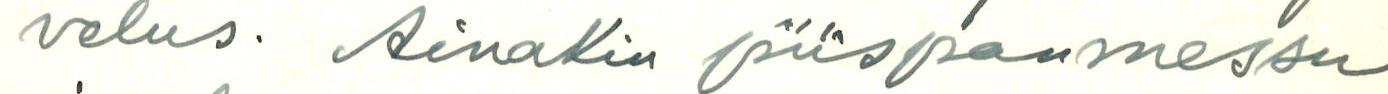
velus. Ainakin piispanmessu